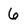
Character: 6